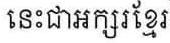
នេះជាអក្សរខ្មែរ